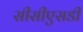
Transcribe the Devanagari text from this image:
सीसीएसडी